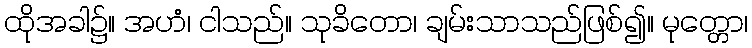
ထိုအခါ၌။ အဟံ၊ ငါသည်။ သုခိတော၊ ချမ်းသာသည်ဖြစ်၍။ မုတ္တော၊